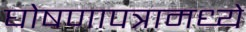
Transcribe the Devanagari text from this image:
घोषणापत्रामध्ये